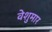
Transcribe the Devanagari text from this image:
वेशुमार